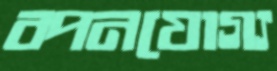
বপনযোগ্য